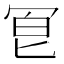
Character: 冟